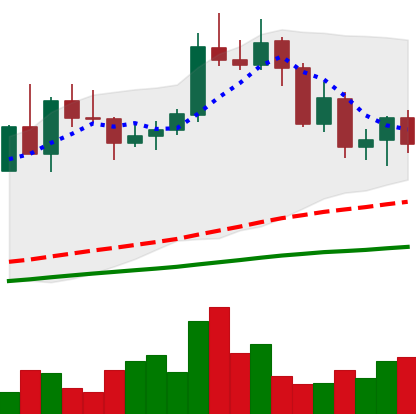
Ticker: NEO-USD
Chart end date: 2020-09-08
Forward return: 18.905%
Label: up_7plus